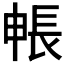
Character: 𮣻